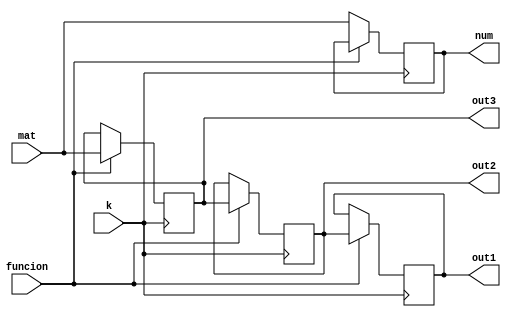
`timescale 1ns / 1ps

module almacenaje(funcion,k,mat,out1, out2, out3, num);
input k,funcion;
input [3:0] mat;
output reg [3:0] out1, out2, out3, num;


initial begin
	num<=0;
	out1<=0;
	out2<=0;
	out3<=0;
end 

always @(negedge k)
if(funcion)begin
		out1=out2;
		out2=out3;
		out3=mat;
end else
		num=mat;

endmodule